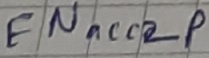
Text: ENacc2p